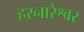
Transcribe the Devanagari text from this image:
हरनारेश्वर